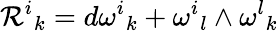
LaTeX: {{\mathcal{R}}^{i}}_{k}=d{{\omega}^{i}}_{k}+{{\omega}^{i}}_{l}\wedge{{\omega}^{l}}_{k}